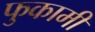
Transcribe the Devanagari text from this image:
फुकामी